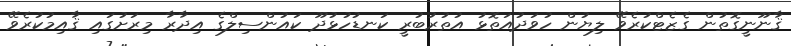
ޤާނޫނީގޮތުން ގެޒެޓްކުރެވޭ ލިޔުން ހުވަދުއަތޮޅު އުތުރުބުރީ ކަނޑުހުޅުދޫ ކައުންސިލްގެ އިދާރާ މިރަށުގައި ޤާއިމުކުރެވޭ